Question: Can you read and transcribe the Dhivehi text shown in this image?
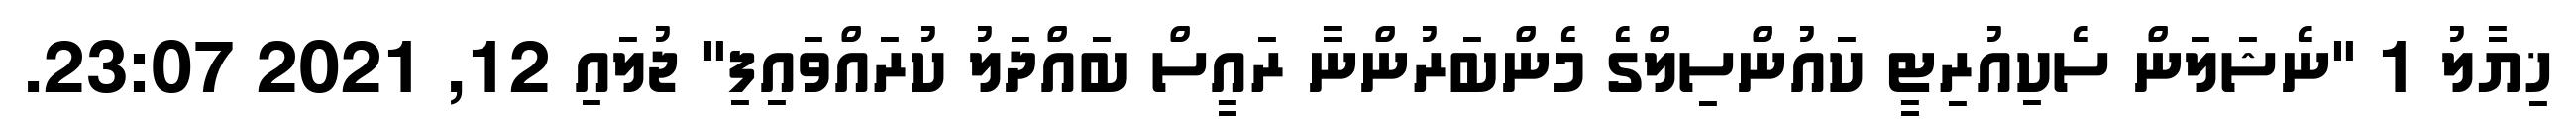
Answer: ޚިޔާލު 1 "ނެޝަލަން ސެކިއުރިޓީ ކައުންސިލްގެ މެންބަރުންނާ ރައީސް ބައްދަލު ކުރައްވައިފި" ޖުލައި 12, 2021 23:07.